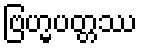
ဗြဟ္မပတ္တဿ